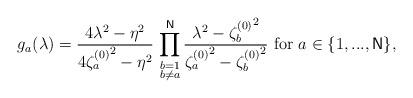
LaTeX: \begin{align*}g_{a}(\lambda )=\frac{4\lambda ^{2}-\eta ^{2}}{4{\zeta_{a}^{(0)}} ^{2}-\eta ^{2}}\,\prod_{\substack{ b=1 \\ b\neq a}}^{\mathsf{N}}\frac{\lambda ^{2}-{ \zeta _{b}^{(0)}} ^{2}}{{\zeta _{a}^{(0)}} ^{2}-{ \zeta _{b}^{(0)}} ^{2}}\text{\ for }a\in \{1,...,\mathsf{N}\},\end{align*}